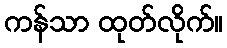
ကန်သာ ထုတ်လိုက်။